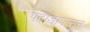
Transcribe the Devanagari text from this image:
पहाडापासून